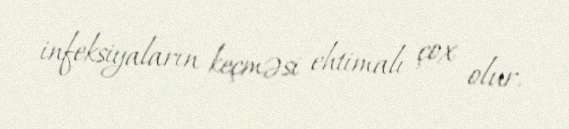
infeksiyaların keçməsi ehtimalı çox olur.